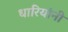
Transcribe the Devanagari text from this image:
धारियांनी